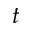
t